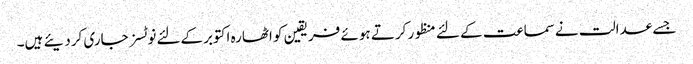
جسے عدالت نےسماعت کے لئے منظور کرتے ہوئے فریقین کو اٹھارہ اکتوبرکےلئے نوٹسز جاری کردیئے ہیں۔